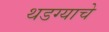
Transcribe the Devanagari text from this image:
थडग्याचे